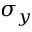
\sigma _ { y }